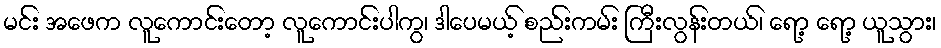
မင်း အဖေက လူကောင်းတော့ လူကောင်းပါကွ၊ ဒါပေမယ့် စည်းကမ်း ကြီးလွန်းတယ်၊ ရော့ ရော့ ယူသွား၊